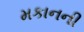
મકાનની